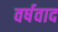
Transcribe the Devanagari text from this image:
वर्षवाद